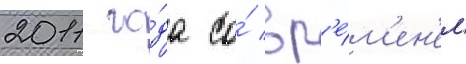
2011 го́да со́ вр'е́м'ен'ем